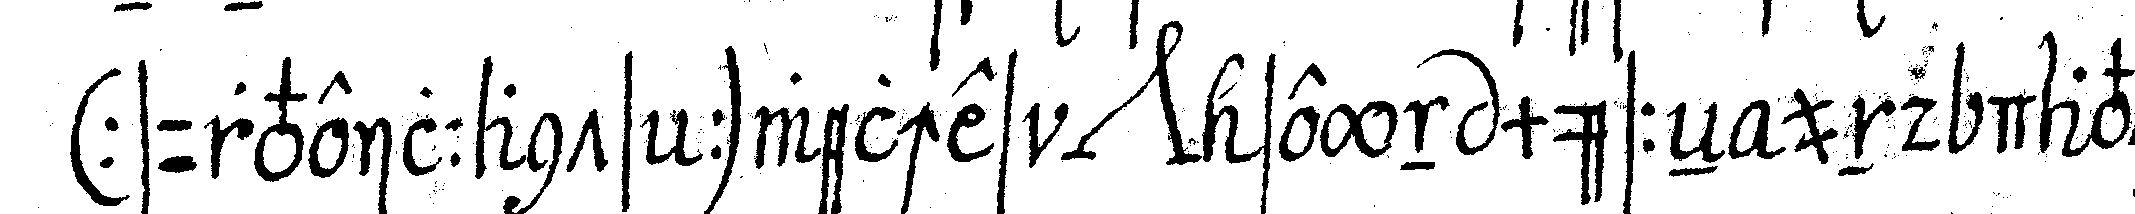
( surveillants ) welches *nee* seyn müsseN und davon